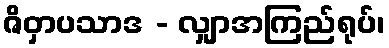
ဇိဝှာပသာဒ - လျှာအကြည်ရုပ်၊